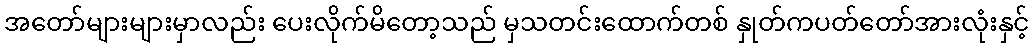
အတော်များများမှာလည်း ပေးလိုက်မိတော့သည် မှသတင်းထောက်တစ် နှုတ်ကပတ်တော်အားလုံးနှင့်